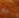
خلا